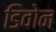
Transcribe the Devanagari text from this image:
डिवोन